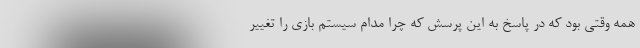
همه وقتی بود که در پاسخ به این پرسش که چرا مدام سیستم بازی را تغییر